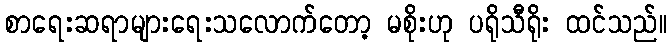
စာရေးဆရာများရေးသလောက်တော့ မစိုးဟု ပရိုသီရိုး ထင်သည်။